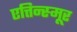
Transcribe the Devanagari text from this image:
एत्तिन्स्मूर